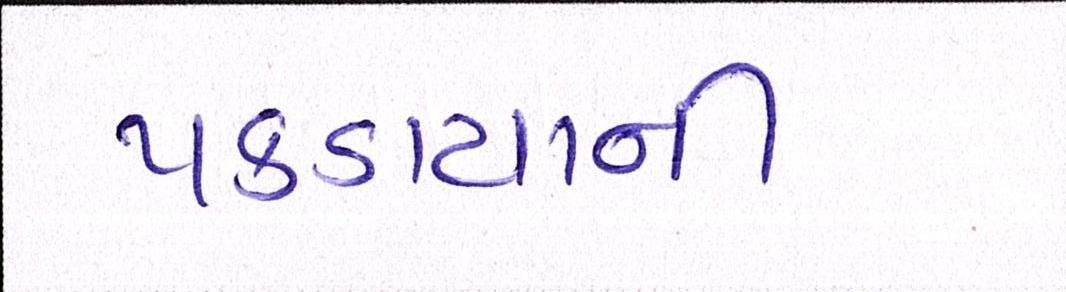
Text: પકડાયાની